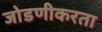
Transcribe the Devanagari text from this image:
जोडणीकरता